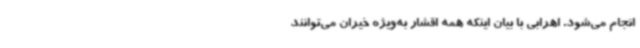
انجام می‌شود. اهرابی با بیان اینکه همه اقشار به‌ویژه خیران می‌توانند